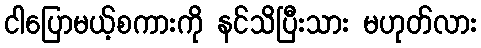
ငါပြောမယ့်စကားကို နင်သိပြီးသား မဟုတ်လား